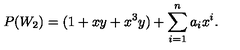
P ( W _ { 2 } ) = ( 1 + x y + x ^ { 3 } y ) + \sum _ { i = 1 } ^ { n } a _ { i } x ^ { i } .